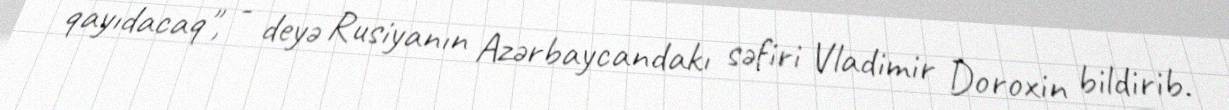
qayıdacaq", - deyə Rusiyanın Azərbaycandakı səfiri Vladimir Doroxin bildirib.